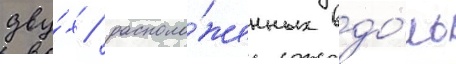
дву́х / располо́женных вдо́ль